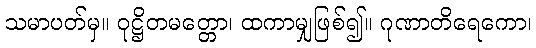
သမာပတ်မှ။ ဝုဋ္ဌိတမတ္တော၊ ထကာမျှဖြစ်၍။ ဂုဏာတိရေကော၊